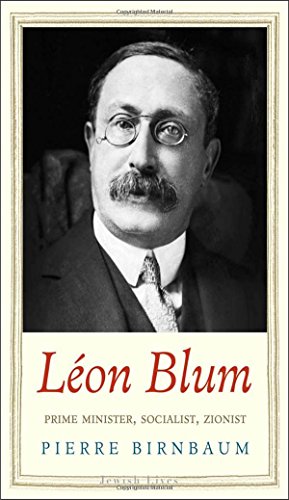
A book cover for LÃ©on Blum: Prime Minister, Socialist, Zionist (Jewish Lives); Pierre Birnbaum; History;